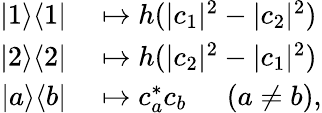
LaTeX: \begin{array}{rl}{|1\rangle\langle 1|}&{{}\mapsto h(|c_{1}|^{2}-|c_{2}|^{2})}\\ {|2\rangle\langle 2|}&{{}\mapsto h(|c_{2}|^{2}-|c_{1}|^{2})}\\ {|a\rangle\langle b|}&{{}\mapsto c_{a}^{*}c_{b}\quad\ \, (a\neq b),}\end{array}